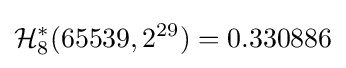
{\mathcal {H}}_{8}^{*}(65539,2^{29})=0.330886